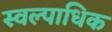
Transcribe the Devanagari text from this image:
स्वल्पाधिक